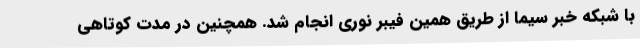
با شبکه خبر سیما از طریق همین فیبر نوری انجام شد. همچنین در مدت کوتاهی